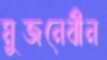
মুজনেবীন